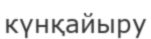
күнқайыру